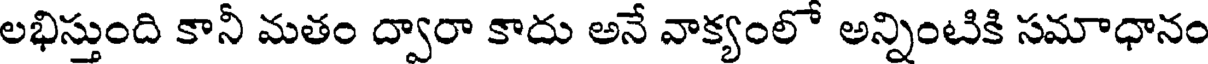
లభిస్తుంది కానీ మతం ద్వారా కాదు అనే వాక్యంలో అన్నింటికి సమాధానం